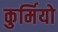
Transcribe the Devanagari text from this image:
कुर्मियो